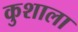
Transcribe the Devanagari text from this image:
कुशाला